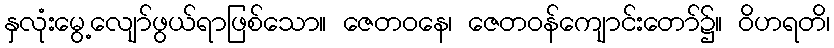
နှလုံးမွေ့လျော်ဖွယ်ရာဖြစ်သော။ ဇေတဝနေ၊ ဇေတဝန်ကျောင်းတော်၌။ ဝိဟရတိ၊